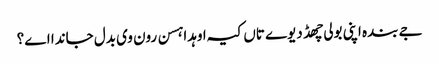
جے بندہ اپنی بولی چھڈ دیوے تاں کیہ اوہدا ہسن رون وی بدل جاندا اے؟